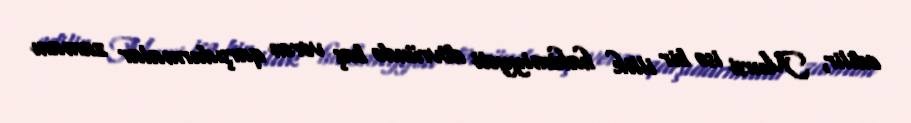
edilir, Mursi isə bir illik hakimiyyəti dövründə baş verən qarşıdurmalar zamanı